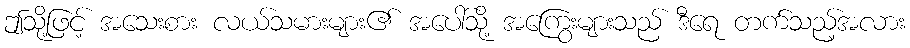
ဤသို့ဖြင့် အသေးစား လယ်သမားများ၏ အပေါ်သို့ အကြွေးများသည် ဒီရေ တက်သည့်အလား